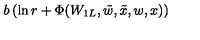
b \left( \ln r + \Phi ( W _ { 1 L } , \tilde { w } , \tilde { x } , w , x ) \right)